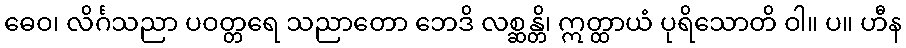
ဓေဝ၊ လိင်္ဂသညာ ပဝတ္တရေ သညာတော ဘေဒိ လစ္ဆန္တိ၊ ဣတ္ထာယံ ပုရိသောတိ ဝါ။ ပ။ ဟီန